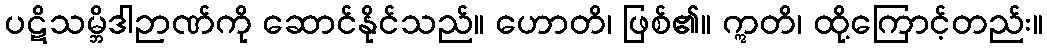
ပဋိသမ္ဘိဒါဉာဏ်ကို ဆောင်နိုင်သည်။ ဟောတိ၊ ဖြစ်၏။ ဣတိ၊ ထို့ကြောင့်တည်း။